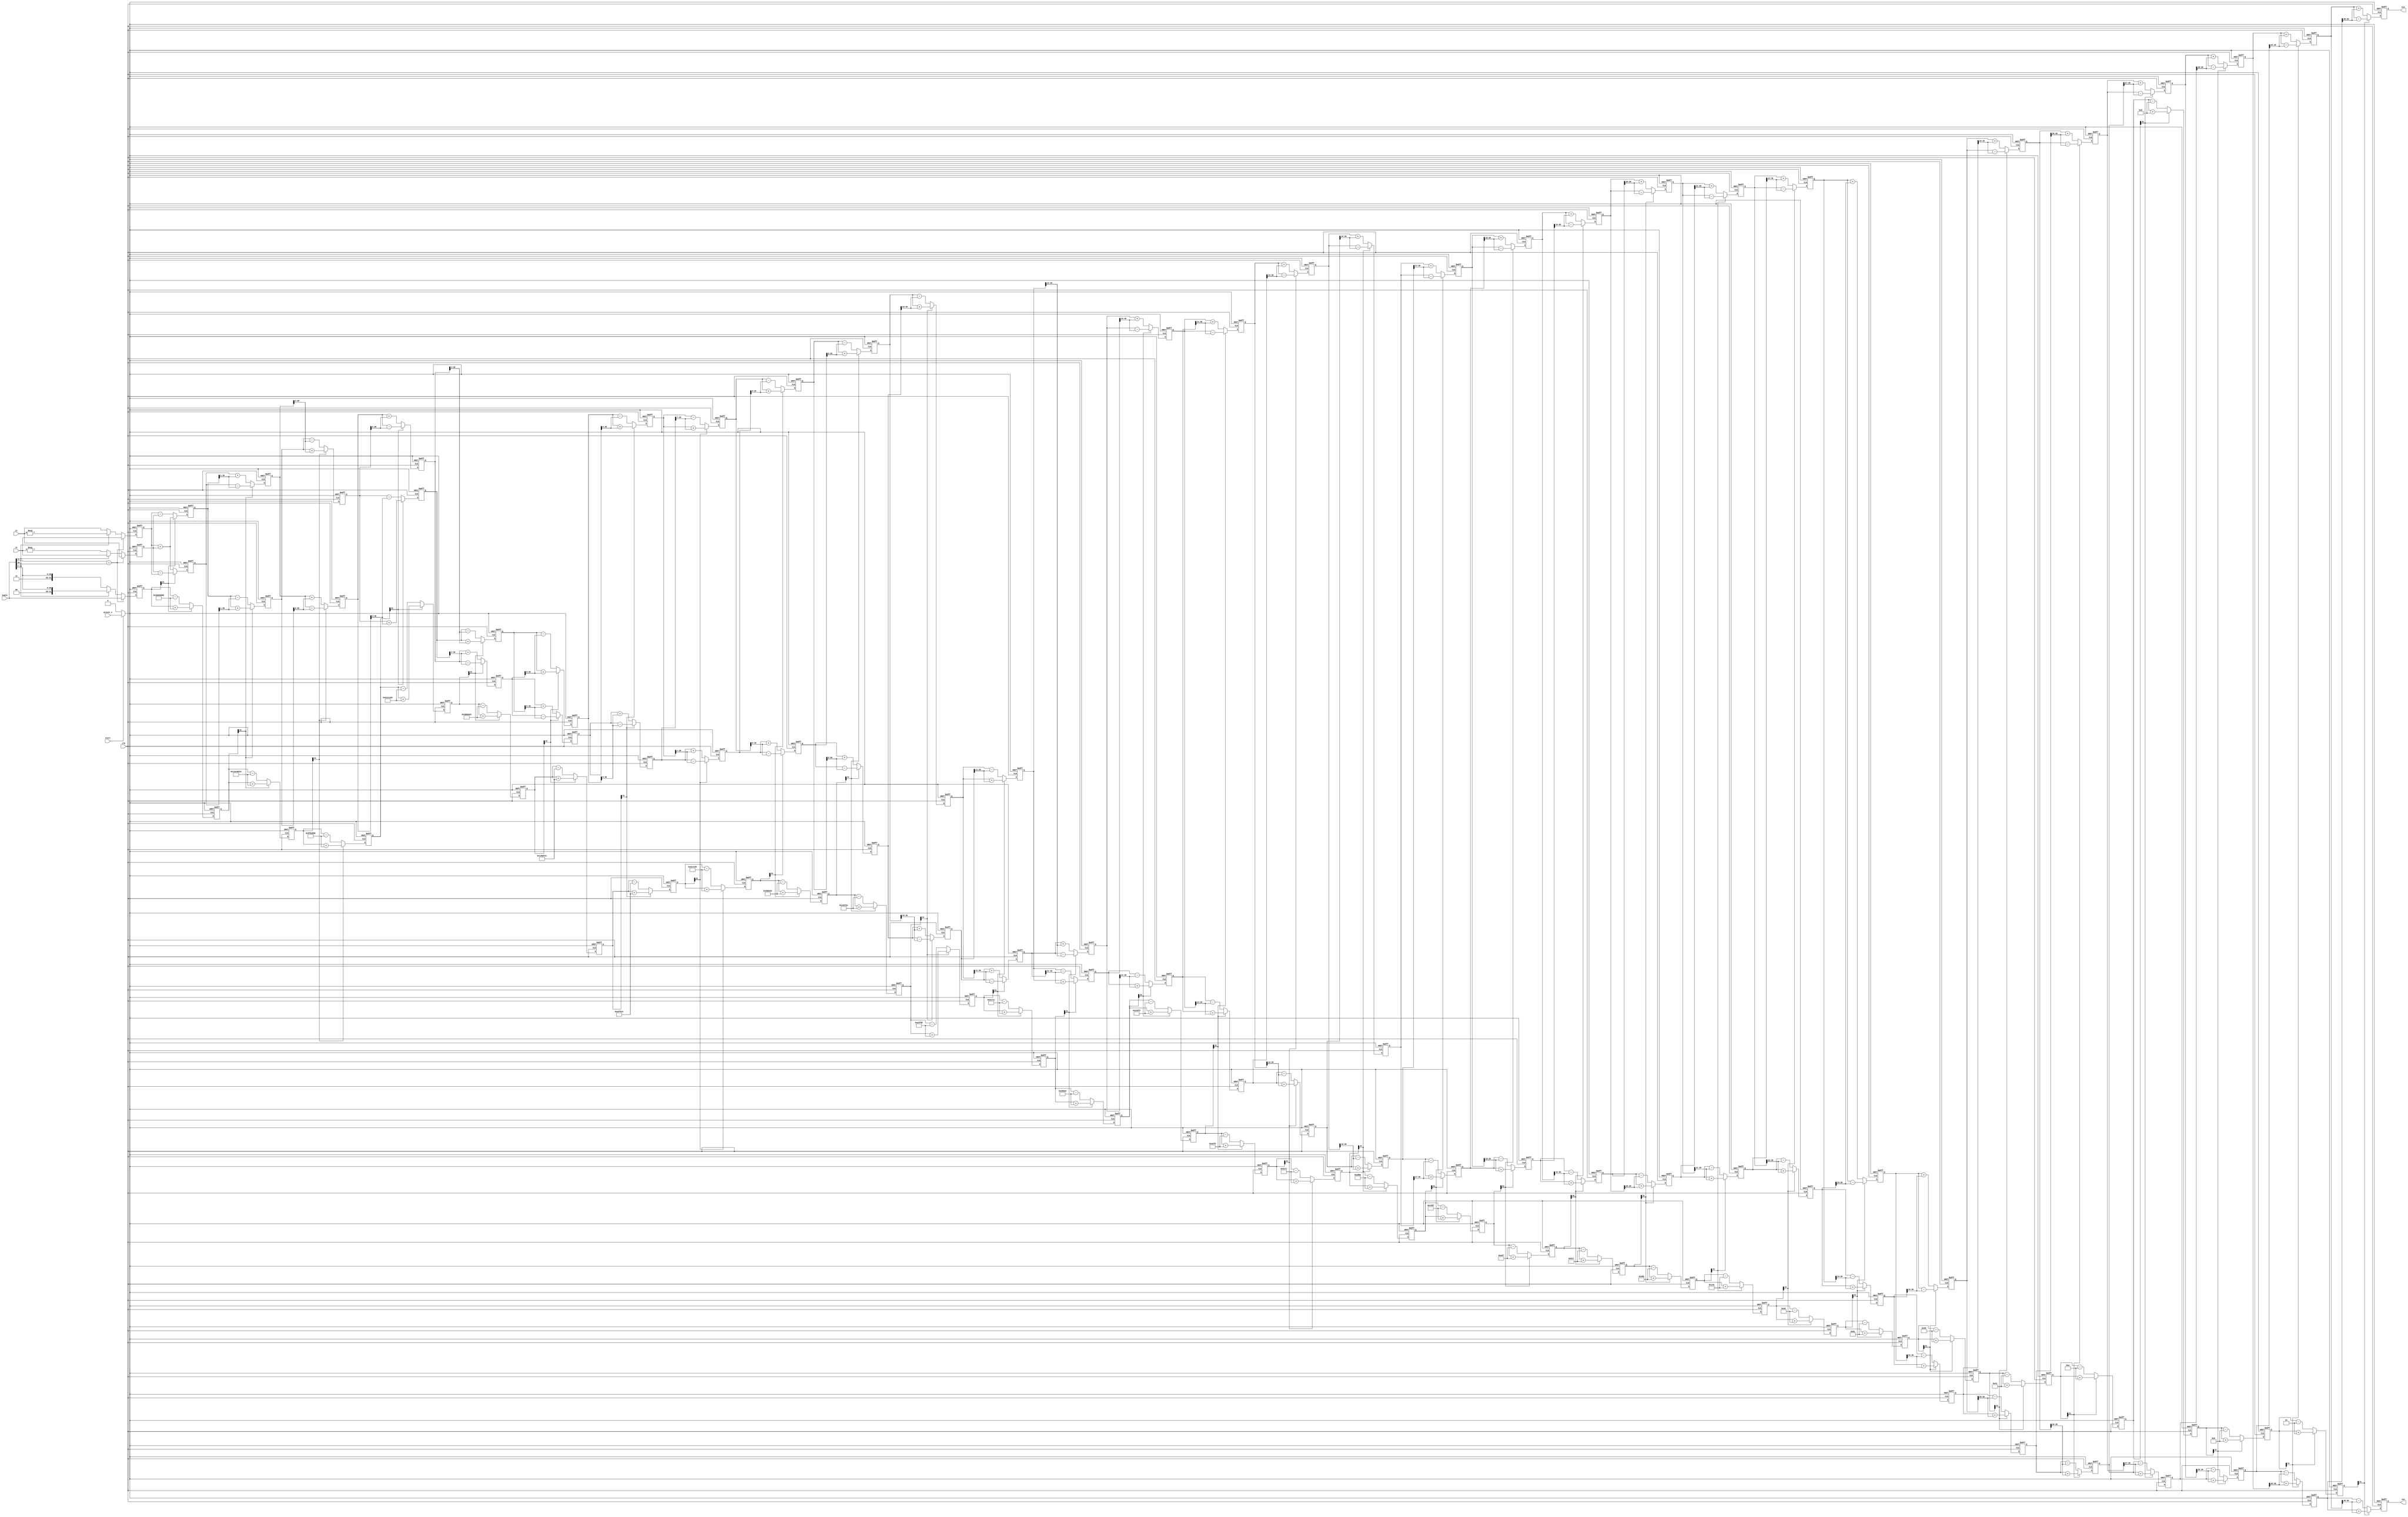

// 
// xi's initial value is x=0.607252935009 * SCALE / level
// yi's initial value is 0
// angle = degree/360 * (2^32)
// NOTE!! cordic has gains, depends on how many iterations, need to reverse the gain upfront
// iter=16    0.607252935103
// iter=28+   0.607252935009
//
// input:
//   xi is the starting angle's cosine * 0.607252935009
//   yi is the starting angle's sine * 0.607252935009
//   output: cos is the cosine of current_angle + angle
//
//

module cordic(
input clk,
input preset_n,
input start,

input signed [39:0] xi,
input signed [39:0] yi,
input signed [31:0] angle,//12173944;
output signed [39:0] cos,
output signed [39:0] sin
);

reg reset_n;
always @* if (start == 0) reset_n = 0; else reset_n = preset_n;


wire signed [31:0] atan_table [0:30];

assign atan_table[00] = 'b0010_0000_0000_0000_0000_0000_0000_0000; // 45.000 degrees -> atan(2^0)
assign atan_table[01] = 'b00010010111001000000010100011101; // 26.565 degrees -> atan(2^-1)
assign atan_table[02] = 'b00001001111110110011100001011011; // 14.036 degrees -> atan(2^-2)
assign atan_table[03] = 'b00000101000100010001000111010100; // atan(2^-3)
assign atan_table[04] = 'b00000010100010110000110101000011;
assign atan_table[05] = 'b00000001010001011101011111100001;
assign atan_table[06] = 'b00000000101000101111011000011110;
assign atan_table[07] = 'b00000000010100010111110001010101;
assign atan_table[08] = 'b00000000001010001011111001010011;
assign atan_table[09] = 'b00000000000101000101111100101110;
assign atan_table[10] = 'b00000000000010100010111110011000;
assign atan_table[11] = 'b00000000000001010001011111001100;
assign atan_table[12] = 'b00000000000000101000101111100110;
assign atan_table[13] = 'b00000000000000010100010111110011;
assign atan_table[14] = 'b00000000000000001010001011111001;
assign atan_table[15] = 'b00000000000000000101000101111100;
assign atan_table[16] = 'b00000000000000000010100010111110;
assign atan_table[17] = 'b00000000000000000001010001011111;
assign atan_table[18] = 'b00000000000000000000101000101111;
assign atan_table[19] = 'b00000000000000000000010100010111;
assign atan_table[20] = 'b00000000000000000000001010001011;
assign atan_table[21] = 'b00000000000000000000000101000101;
assign atan_table[22] = 'b00000000000000000000000010100010;
assign atan_table[23] = 'b00000000000000000000000001010001;
assign atan_table[24] = 'b00000000000000000000000000101000;
assign atan_table[25] = 'b00000000000000000000000000010100;
assign atan_table[26] = 'b00000000000000000000000000001010;
assign atan_table[27] = 'b00000000000000000000000000000101;
assign atan_table[28] = 'b00000000000000000000000000000010;
assign atan_table[29] = 'b00000000000000000000000000000001;
assign atan_table[30] = 'b00000000000000000000000000000000;

reg signed [39:0] x [0:31];
reg signed [39:0] y [0:31];
reg signed [31:0] z [0:31];

always @(posedge clk or negedge reset_n)
    if (reset_n == 0) begin
        x[0] <= 0;
        y[0] <= 0;
        z[0] <= 0;
        end
    else begin
        if (angle[31] == angle[30]) begin//-pi/2 to pi/2
            x[0] <= xi;
            y[0] <= yi;
            z[0] <= angle;
            end
        else if (angle[30] == 0) begin
            x[0] <= yi;
            y[0] <= -xi;
            z[0] <= {2'b11,angle[29:0]};  // + pi/2 -- -pi/2
            end
        else begin
            x[0] <= -yi;
            y[0] <= xi;
            z[0] <= {2'b00,angle[29:0]};  // - pi/2 -- pi/2
            end
        end
    

integer i;
always @(posedge clk or negedge reset_n)
    if (reset_n == 0) begin
        for (i=1; i<32; i = i + 1) x[i] <= 0;
        for (i=1; i<32; i = i + 1) y[i] <= 0;
        for (i=1; i<32; i = i + 1) z[i] <= 0;
        end
    else begin
        for (i=1; i<32; i = i + 1) begin
            if (z[i-1][31] == 1) begin
                x[i] <= x[i-1] + (y[i-1] >>> (i-1));
                y[i] <= y[i-1] - (x[i-1] >>> (i-1));
                z[i] <= z[i-1] + atan_table[i-1];
                end
            else begin
                x[i] <= x[i-1] - (y[i-1] >>> (i-1));
                y[i] <= y[i-1] + (x[i-1] >>> (i-1));
                z[i] <= z[i-1] - atan_table[i-1];
                end
            end
        end

assign cos = x[31];
assign sin = y[31];

endmodule